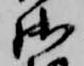
御